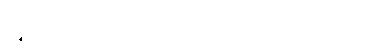
ပဉ္ဇင်းအဖြစ်ကို။ အလတ္ထ ခေါ၊ ရသည်သာလျှင်တည်း။